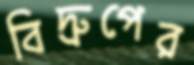
বিদ্রুপের